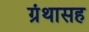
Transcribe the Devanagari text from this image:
ग्रंथासह